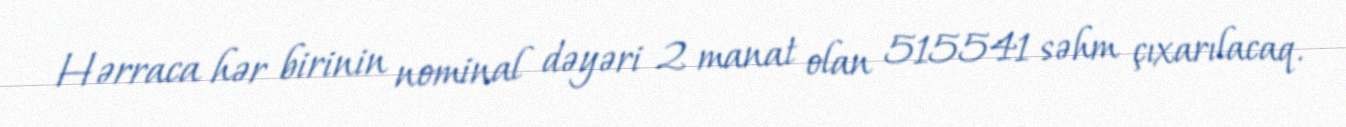
Hərraca hər birinin nominal dəyəri 2 manat olan 515541 səhm çıxarılacaq.